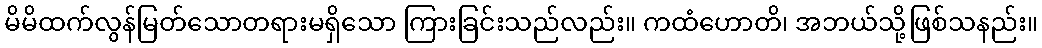
မိမိထက်လွန်မြတ်သောတရားမရှိသော ကြားခြင်းသည်လည်း။ ကထံဟောတိ၊ အဘယ်သို့ဖြစ်သနည်း။